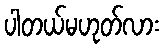
ပါတယ်မဟုတ်လား